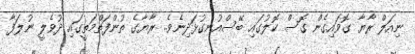
ނިއަލް ރާޔާ ގޮވައިގެން ގޮސް ކޮލުގައި ބޭސްއުނގުޅަދިނެވެ.. ރާޔާގެ ތުންފަތްމަތީގައި ދުވެލީ ނުލަފާ